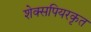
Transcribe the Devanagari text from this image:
शेक्सपियरकृत